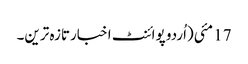
17 مئی(اُردو پوائنٹ اخبارتازہ ترین۔